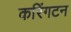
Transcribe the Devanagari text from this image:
करिंगटन